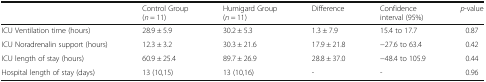
<table><thead><tr><td>[EMPTY_CELL]</td><td><b>Control Group(<i>n</i> = 11)</b></td><td><b>Humigard Group(<i>n</i> = 11)</b></td><td><b>Difference</b></td><td><b>Confidence interval (95%)</b></td><td><b><i>p</i>-value</b></td></tr></thead><tbody><tr><td>ICU Ventilation time (hours)</td><td>28.9 ± 5.9</td><td>30.2 ± 5.3</td><td>1.3 ± 7.9</td><td>15.4 to 17.7</td><td>0.87</td></tr><tr><td>ICU Noradrenalin support (hours)</td><td>12.3 ± 3.2</td><td>30.3 ± 21.6</td><td>17.9 ± 21.8</td><td>−27.6 to 63.4</td><td>0.42</td></tr><tr><td>ICU length of stay (hours)</td><td>60.9 ± 25.4</td><td>89.7 ± 26.9</td><td>28.8 ± 37.0</td><td>−48.4 to 105.9</td><td>0.44</td></tr><tr><td>Hospital length of stay (days)</td><td>13 (10,15)</td><td>13 (10,16)</td><td>-</td><td>-</td><td>0.96</td></tr></tbody></table>